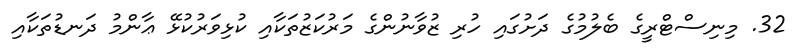
32. މިނިސްޓްރީގެ ބެލުމުގެ ދަށުގައި ހުރި ޒުވާނުންގެ މަރުކަޒުތަކާއި ކުޅިވަރުކުޅޭ ޢާންމު ދަނޑުތަކާއި